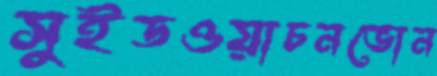
সুইডওয়াচনভোন